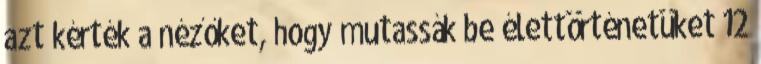
azt kérték a nézőket, hogy mutassák be élettörténetüket 12